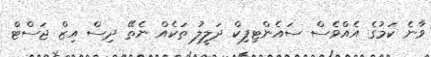
ވާނެ ކަމުގެ އެއްވެސް ސައެންޓިފިކް ދަލީލު ތަކެއް ނެތޭ ދިސް އިޒް ޖަސްޓް